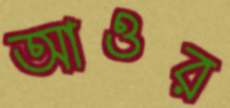
আওর